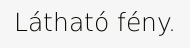
Látható fény.